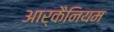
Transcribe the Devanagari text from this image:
आर्कैनियम